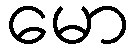
မော